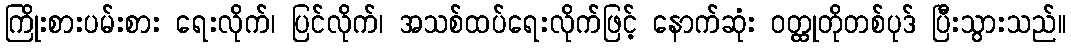
ကြိုးစားပမ်းစား ရေးလိုက်၊ ပြင်လိုက်၊ အသစ်ထပ်ရေးလိုက်ဖြင့် နောက်ဆုံး ဝတ္ထုတိုတစ်ပုဒ် ပြီးသွားသည်။